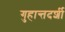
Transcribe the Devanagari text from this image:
गुहान्तदर्शी